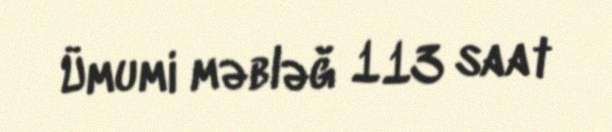
Ümumi məbləğ 113 saat